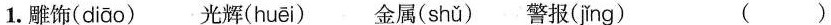
1.雕饰(diāo) 光辉(huēi) 金属(shǔ)警报(jǐng) ()